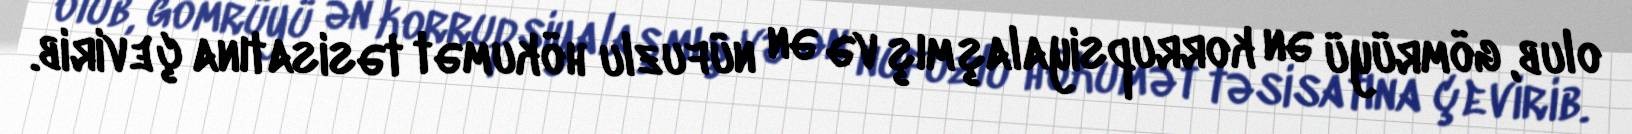
olub, gömrüyü ən korrupsiyalaşmış və ən nüfuzlu hökumət təsisatına çevirib.